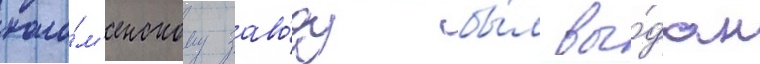
коло́м'енскому заво́ду бы́л вы́дан